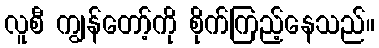
လူစီ ကျွန်တော့်ကို စိုက်ကြည့်နေသည်။